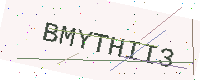
Text: BMYTHII3